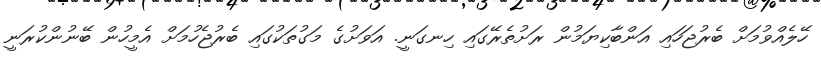
ހޭލެއްވުމަށް ބެރުޖަހައި އަންބާކިޔަމުން ރަށުތެރޭގައި ހިނގަނީ. އަވަށުގެ މަގުތަކުގައި ބެރުޖެހުމަށް އެމީހުން ބޭނުންކުރަނީ